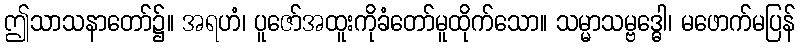
ဤသာသနာတော်၌။ အရဟံ၊ ပူဇော်အထူးကိုခံတော်မူထိုက်သော။ သမ္မာသမ္ဗဒ္ဓေါ၊ မဖောက်မပြန်